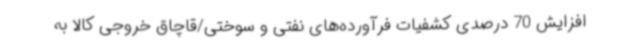
افزایش 70 درصدی کشفیات فرآورده‌های نفتی و سوختی/قاچاق خروجی کالا به